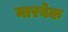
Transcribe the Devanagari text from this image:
मारबेक